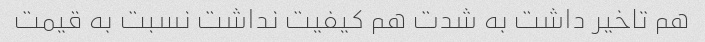
هم تاخیر داشت به شدت هم کیفیت نداشت نسبت به قیمت